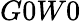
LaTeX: G0W0